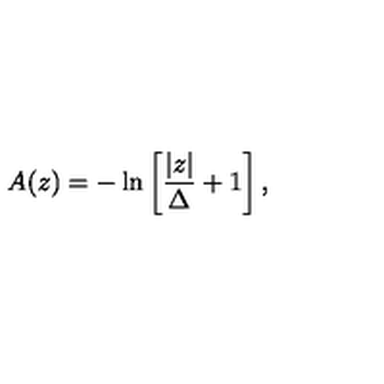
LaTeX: A ( z ) = - \ln \left[ { \frac { | z | } { \Delta } } + 1 \right] ,